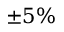
\pm 5 \%